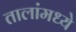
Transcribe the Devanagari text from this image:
तालांमध्ये